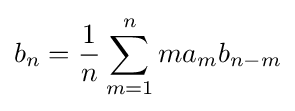
b_{n}={1 \over n}\sum _{m=1}^{n}ma_{m}b_{n-m}